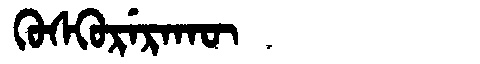
Manchu: ᡴᡠᠰᡴᡠᡵᡝᡵᠠᡴᡡ
Romanization: KUSKURERAKŪ